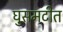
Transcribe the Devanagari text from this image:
घुसमटीत